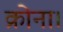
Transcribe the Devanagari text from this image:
क्रोना।